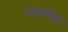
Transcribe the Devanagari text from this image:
रतनदेव